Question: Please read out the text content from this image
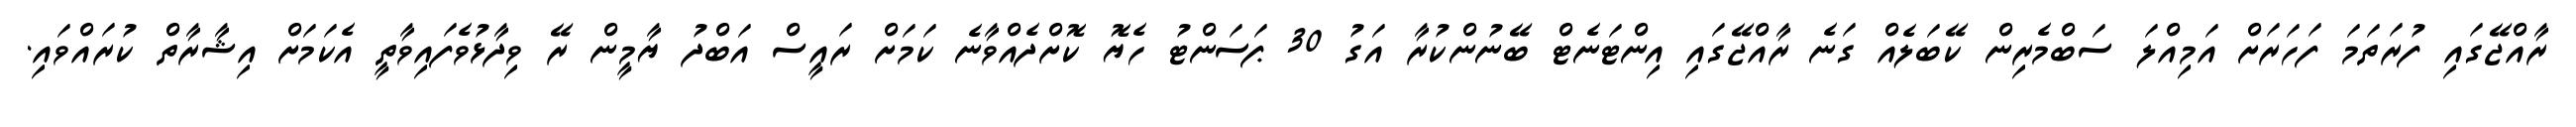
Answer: ރާއްޖޭގައި ފުރަތަމަ ފަހަރަށް އަމިއްލަ ސަބްމެރިން ކޭބަލެއް ގަނެ ރާއްޖޭގައި އިންޓަނެޓް ބޭނުންކުރާ އަގު 30 ޕަސަންޓު ހެޔޮ ކޮށްދެއްވާނެ ކަމަށް ރައީސް އަބްދު ޔާމީން ރޭ ވިދާޅުވެފައިވާތީ އެކަމަށް އިޝާރާތް ކުރައްވައި.